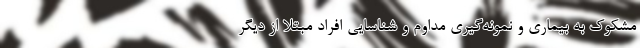
مشکوک به بیماری و نمونه‌گیری مداوم و شناسایی افراد مبتلا از دیگر